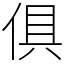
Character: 俱